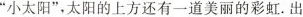
“小太阳”，太阳的上方还有一道美丽的彩虹。出